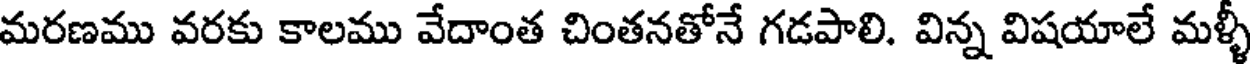
మరణము వరకు కాలము వేదాంత చింతనతోనే గడపాలి. విన్న విషయాలే మళ్ళీ